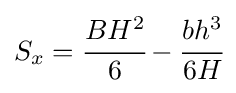
S_{x}={\cfrac {BH^{2}}{6}}-{\cfrac {bh^{3}}{6H}}